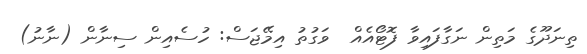
ތިނަދޫގެ މަތިން ނަގާފައިވާ ފޮޓޯއެއް  ވަގުތު އިމޭޖަސް: ހުސެއިން ސިނާން (ނާނު)